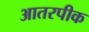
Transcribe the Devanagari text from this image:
आतरपीक